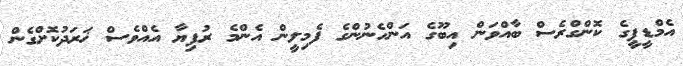
އެމްޑީޕީގެ ކޮންގްރެސް ބާއްވަން އިބޫގެ އަންހެނުންގެ ފެމިލީން އެންމެ ރުފިޔާ އެއްވެސް ޚަރަދުކޮށްގެން